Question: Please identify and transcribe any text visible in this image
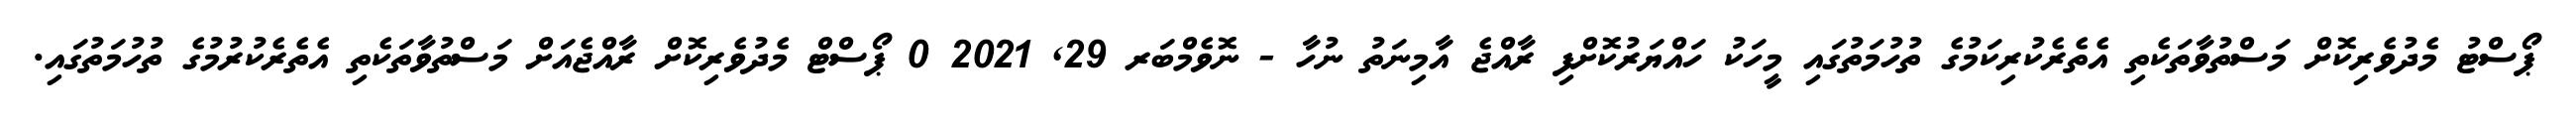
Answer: ޕޯސްޓު މެދުވެރިކޮށް މަސްތުވާތަކެތި އެތެރެކުރިކަމުގެ ތުހުމަތުގައި މީހަކު ހައްޔަރުކޮށްފި ރާއްޖެ އާމިނަތު ނުހާ - ނޮވެމްބަރ 29, 2021 0 ޕޯސްޓް މެދުވެރިކޮށް ރާއްޖެއަށް މަސްތުވާތަކެތި އެތެރެކުރުމުގެ ތުހުމަތުގައި.